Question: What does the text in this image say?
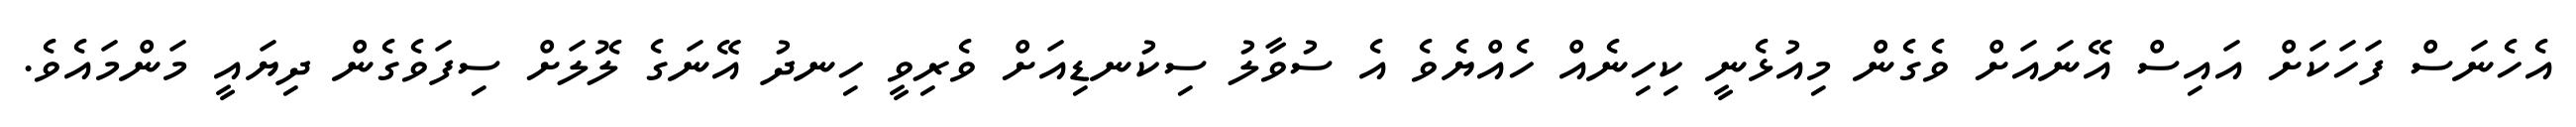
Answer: އެހެނަސް ފަހަކަށް އައިސް އޭނައަށް ވެގެން މިއުޅެނީ ކިހިނެއް ހެއްޔެވެ އެ ސުވާލު ސިކުނޑިއަށް ވެރިވީ ހިނދު އޭނަގެ ލޮލަށް ސިފަވެގެން ދިޔައީ މަންމައެވެ.